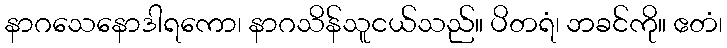
နာဂသေနောဒါရကော၊ နာဂသိန်သူငယ်သည်။ ပိတရံ၊ ဘခင်ကို။ ဧတံ၊